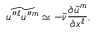
\widetilde { u ^ { \prime \prime } { } ^ { \ell } u ^ { \prime \prime } { } ^ { m } } \simeq - \widetilde { \nu } \frac { \partial \widetilde { u } ^ { m } } { \partial x ^ { \ell } } ,